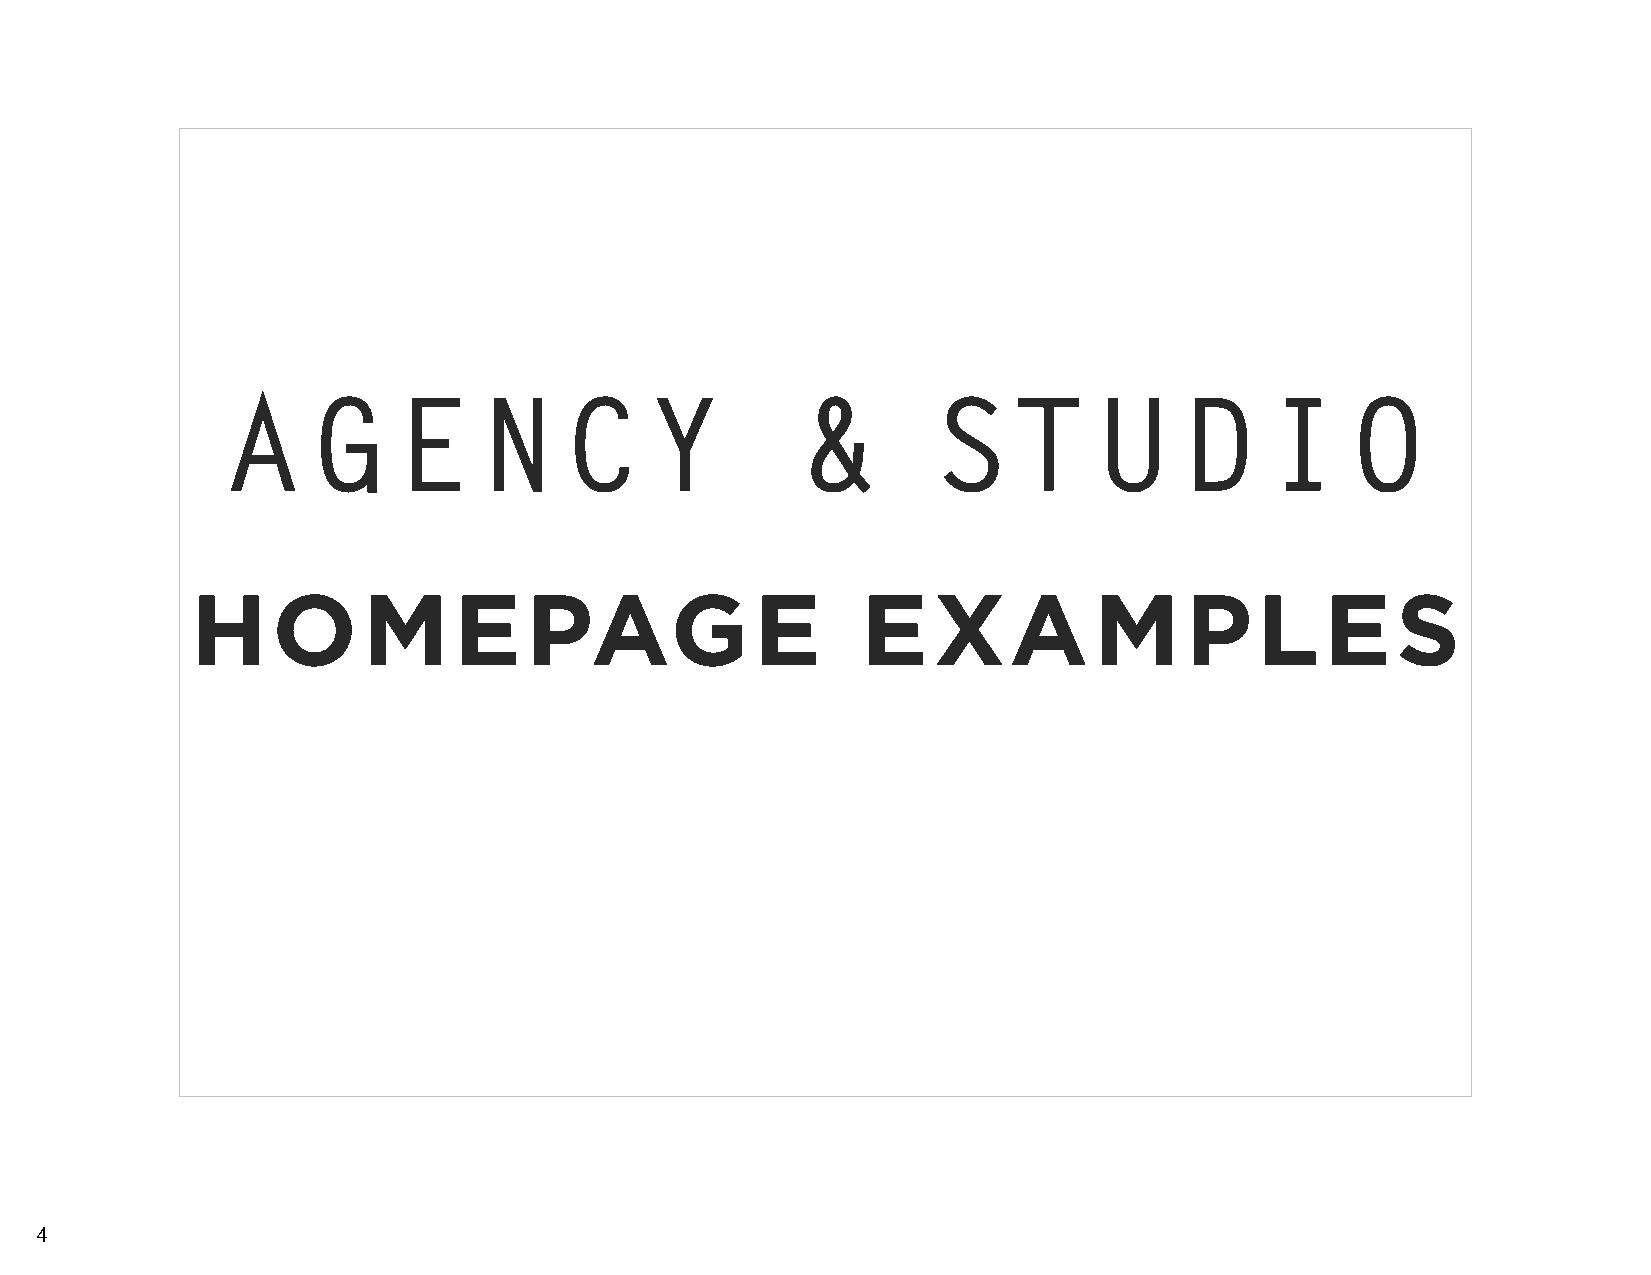
A     G    E     N    C     Y         &        ST         U    D     I    O
 HOMEPAGE                                    EXAMPLES
 4